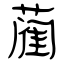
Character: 蔺